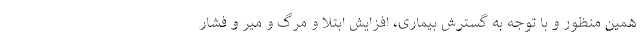
همین منظور و با توجه به گسترش بیماری، افزایش ابتلا و مرگ و میر و فشار